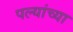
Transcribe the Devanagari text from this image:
पल्यांच्या